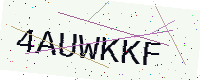
Text: 4AUWKKF